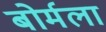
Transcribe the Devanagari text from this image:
बोर्मला